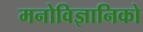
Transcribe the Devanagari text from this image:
मनोविज्ञानिको